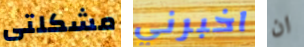
مشكلتى اخبرني ان